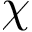
\chi